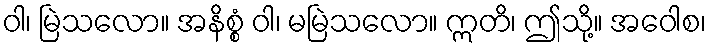
ဝါ၊ မြဲသလော။ အနိစ္စံ ဝါ၊ မမြဲသလော။ ဣတိ၊ ဤသို့။ အဝေါစ၊